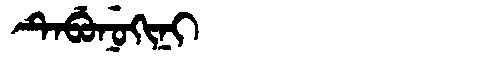
Manchu: ᡨᡝᠪᡠᠨᡠᡴᡳᠨᡳ
Romanization: TEBUNUKINI